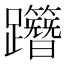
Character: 𨇸